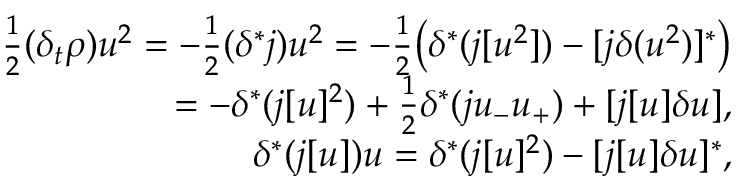
\begin{array} { r } { \frac 1 2 ( \delta _ { t } \rho ) u ^ { 2 } = - \frac 1 2 ( \delta ^ { * } j ) u ^ { 2 } = - \frac 1 2 \big ( \delta ^ { * } ( j [ u ^ { 2 } ] ) - [ j \delta ( u ^ { 2 } ) ] ^ { * } \big ) } \\ { = - \delta ^ { * } ( j [ u ] ^ { 2 } ) + \frac 1 2 \delta ^ { * } ( j u _ { - } u _ { + } ) + [ j [ u ] \delta u ] , } \\ { \delta ^ { * } ( j [ u ] ) u = \delta ^ { * } ( j [ u ] ^ { 2 } ) - [ j [ u ] \delta u ] ^ { * } , } \end{array}